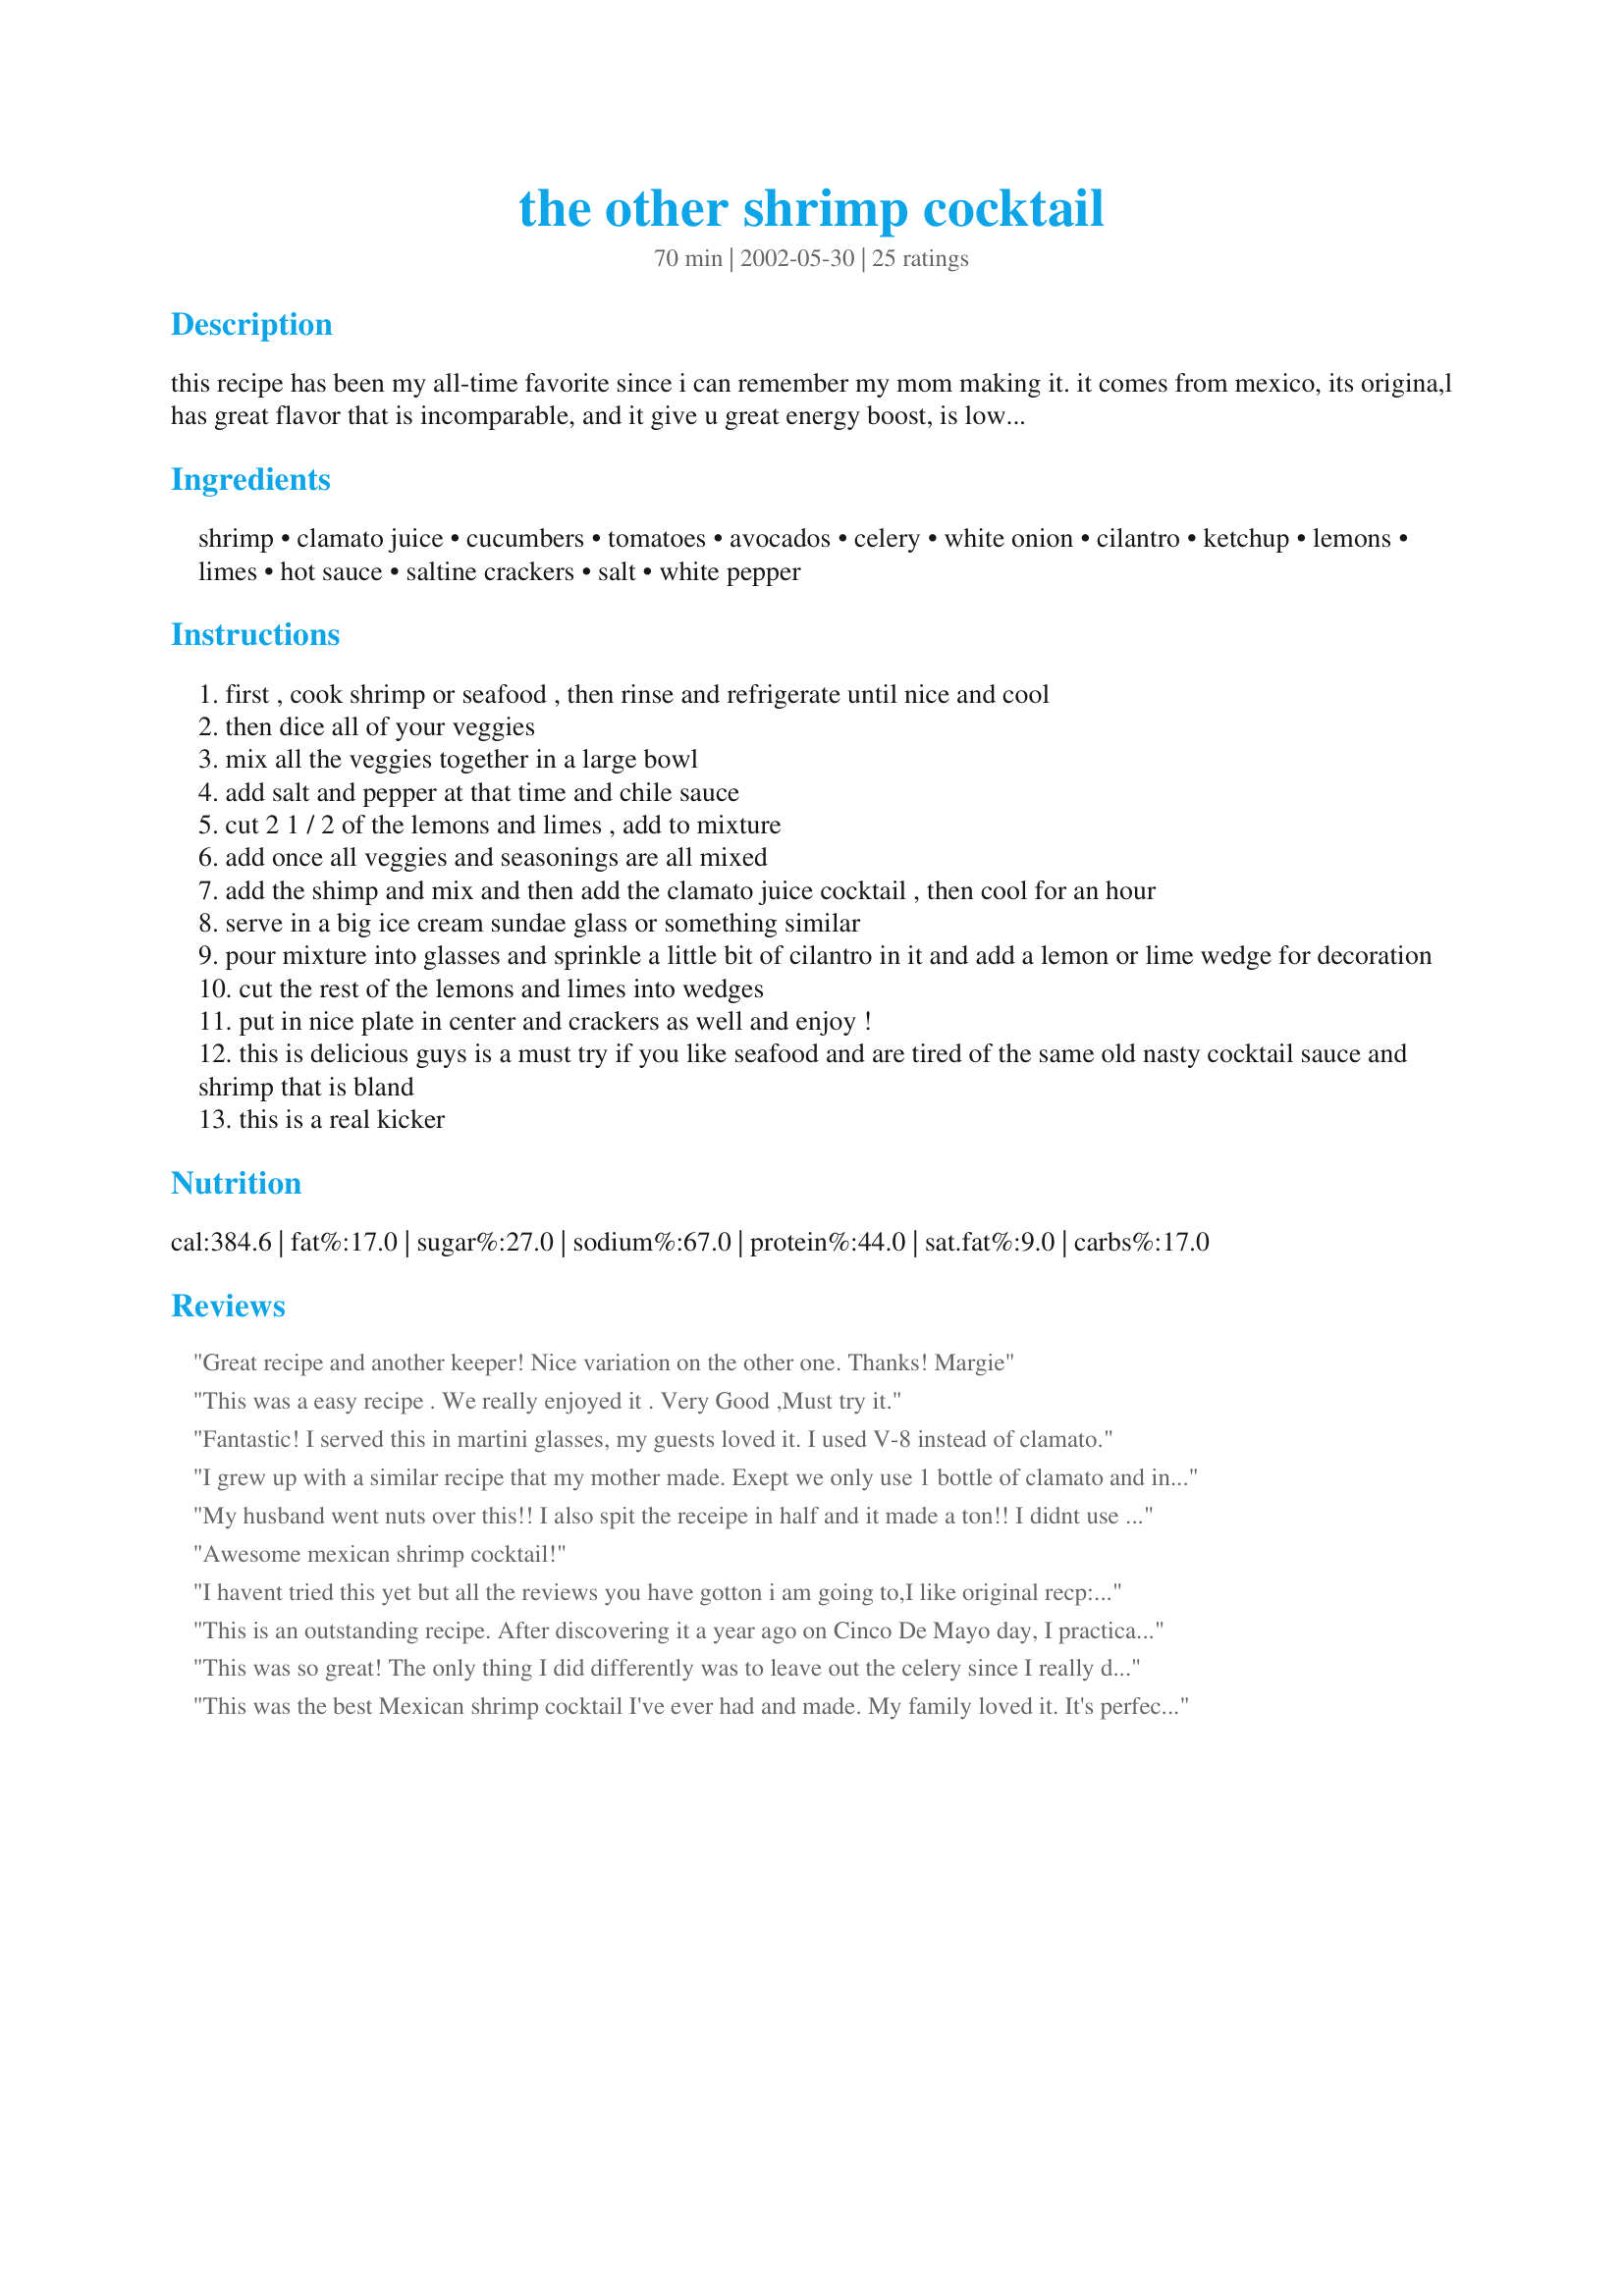
the other shrimp cocktail
Preparation time: 70 minutes

this recipe has been my all-time favorite since i can remember my mom making it. it comes from mexico, its origina,l has great flavor that is incomparable, and it give u great energy boost, is low in fat and delicious. hope u guys like it.

Ingredients:
shrimp, clamato juice, cucumbers, tomatoes, avocados, celery, white onion, cilantro, ketchup, lemons, limes, hot sauce, saltine crackers, salt, white pepper

Steps:
first , cook shrimp or seafood , then rinse and refrigerate until nice and cool
then dice all of your veggies
mix all the veggies together in a large bowl
add salt and pepper at that time and chile sauce
cut 2 1 / 2 of the lemons and limes , add to mixture
add once all veggies and seasonings are all mixed
add the shimp and mix and then add the clamato juice cocktail , then cool for an hour
serve in a big ice cream sundae glass or something similar
pour mixture into glasses and sprinkle a little bit of cilantro in it and add a lemon or lime wedge for decoration
cut the rest of the lemons and limes into wedges
put in nice plate in center and crackers as well and enjoy !
this is delicious guys is a must try if you like seafood and are tired of the same old nasty cocktail sauce and shrimp that is bland
this is a real kicker

Reviews:
Great recipe and another keeper! Nice variation on the other one.

Thanks!
Margie
This was a easy recipe . We really enjoyed it . Very Good ,Must try it.
Fantastic! I served this in martini glasses, my guests loved it. I used V-8 instead of clamato.
I grew up with a similar recipe that my mother made. Exept we only use 1 bottle of clamato and instead a tapatio we use valentina. I will deff try it with tapatio.
My husband went nuts over this!! I also spit the receipe in half and it made a ton!! I didnt use all teh celery though... i only used it when i was putting a couple of stalks in the glass. Even at half a batch of this stuff i had tons left over. Thanks for the good receipe!!!
Awesome mexican shrimp cocktail!
I havent tried this yet but all the reviews you have gotton i am going to,<br/>I like original recp: This seem's to hit that catagorey. I will let you know ,as I lived in Mexico for some time ... i like it soupy like they make it , u can also use the water from the shrimp
This is an outstanding recipe. After discovering it a year ago on Cinco De Mayo day, I practically lived on it the whole summer. I also took it a few times to cookout dinners with raves from guests. Men really do love this shrimp cocktail. I meant to thank you for posting this last year, but it slipped my mind....so Thank You, Mariela
This was so great! The only thing I did differently was to leave out the celery since I really don't care for it much. I served it in margarita glasses. This far surpasses the old shrimp with cocktail sauce standby...I will deinitely be making this again and again, next time with margaritas! Thanks!
This was the best Mexican shrimp cocktail I've ever had and made. My family loved it. It's perfect thank you for sharing your recipe
Sure enough - just like on the beach in Mexico! Excellent.
As I'm allergic to clams I actually shivered when I read Clamato juice as one of the ingredients. Obviously, I went for the V-8 option. I alsoI chopped the veggies smaller(diced them) and didn't add any salt since it's already in the V-8, ketchup and hot sauce. Very summery, pretty and delicious with the fresh shrimp we can get here on the Gulf Coast.
I have searched other mexican shrimp cocktails on here, and most of them aren't actually cocktails, but more like shrimp salads. I was only searching to get new ideas and your cucumber and celery totally got it. I usually make mine almost the same but without those two ingredients, but they really do make a nice addition. I was about to post my own recipe on here before I found yours, but there's really no need to, they're practically the same. Thanks!
Very good. I had been hoping to find the recipe a friend used to have years ago, and this is the one.
We must have the same mother!!! I love this style of shrimp cocktail. I make it the same way and can't get enough!! muy sabroso!!
Really good and refreshing, I loved the fresh tomato and avocado. I used 1 part v8 and 1 part spicy bloody mary mix, mmmm....
We really like this ceviche. Thank you for posting
I made this for a mid winter dinner party. It was a big hit. I did chop the veggied into a smaller dice than stated in the recips. I have to agree with one other reviewer that the recipe is a bit vague in spots and leaves one guessing a bit too much so I can't give it 5 stars. But this is a keeper. Thanks to Mariela ( and her mom...) I will be making this again.
This is my all time favorite Shrimp Cocktail, too. The Clamato juice gives this that extra zip.
Thanks Mariela for sharing this one.
Very good, really fresh and delightful, and waaaaaay better than the ones I've tried in restaurants. I tweaked the recipe a little bit for my tastes, and didn't do the saltines, but this one's a keeper!
This is so good! I cut the recipe in half, except for the avocados just because I had two that were ripe. I had to guess at the size bottle of Clamato juice to use, but just ended up using 1/2 cup--turned out to be the perfect amount. I also added the cilantro to the mixture and used the juice of 1/2 lemon and 1/2 lime. I also didn't use anywhere near 1/2 a bunch of celery as I thought it would be way too much; just used two stalks. The taste of this is definitely 5*'s but the directions left me guessing a little too much. I'll be making this a lot this summer!
This is a great starter recipe for me. When I made this, I used a 32 oz bottle of Clamato juice and the dish turned out soupy. <br/><br/>OK, now for the tweaks I made or will make next time (because there will definitely be a next time). These are all substitutes based on my personal preferences. I only used lime not both lemon and lime. I love lime! Instead of adding white pepper, I added a jalapeno. For the record, one jalapeno is not enough for my taste buds. So, next time I will probably add 2. I used one whole bunch of cilantro instead of half. I used red onion but think white/yellow onion would have been just fine. I omitted the celery because I didn't have any on hand but think I should have added it. Next time I will try Spicy V8 instead of Clamato in hopes that it will give me the texture I was looking for and I will double the avocado because it added a great creaminess to the dish. I will omit the ketchup because I don't think it added anything. I might try garlic salt instead of salt or I might add a crushed garlic clove. Yummy!<br/><br/>This was a hit for me! Happy cooking!
Awesome!!
This shrimp cocktail is bursting with fresh flavors. The cilantro and citrus juices make it unbelievable, and if you use garden tomatoes, its a whole 'nother animal! I like to add other types of seafood as well, like baby octopus, baby scallops, and baby oysters (baby ones are bite-size and more tender), but I think this recipe is so delicious that I would eat it with no seafood at all. Think of a cold, Mexican gazpacho...mmm!<br/>I looked for this recipe for a long time, I knew of it from a friend's mom who was born and raised in Mexico what most of the ingredients were, but not all of them and I didn't know the amounts. The reason I've been looking for the recipe is because she made it all the time for her family and I got to join them on several occasions...we all loved it (it is not even on the same level as plain shrimp with cocktail sauce, soooo much better), but none of us ever learned how to make it. She passed away unexpectedly and we talked about how good her shrimp cocktails (and all her other authentic Mexican dishes) were and how much we missed them. Well, I found this recipe over a year ago and made it, and we all agreed that this was the same dish that we had been craving for so long. Sometimes food can really take you to another place. I did use the water that the shrimp cooked in for ours, as I know she always did so. Thank you for taking the time to post, and sorry I didn't review sooner.
We really, really liked this the first day. The flavors were great, it was just spicy enough and it was easy to put together. We had leftovers but I wasn't as happy with it the next day. The avocados broke down too much so the juice was cloudy, almost creamy. The next time I'll only make enough for one day because it really was great the first day. Thanks for the recipe!
